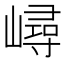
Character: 𡼢